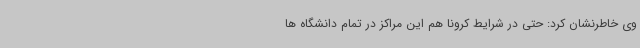
وی خاطرنشان کرد: حتی در شرایط کرونا هم این مراکز در تمام دانشگاه ها